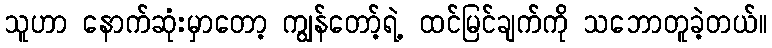
သူဟာ နောက်ဆုံးမှာတော့ ကျွန်တော့်ရဲ့ ထင်မြင်ချက်ကို သဘောတူခဲ့တယ်။